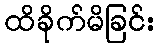
ထိခိုက်မိခြင်း